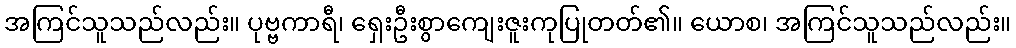
အကြင်သူသည်လည်း။ ပုဗ္ဗကာရီ၊ ရှေးဦးစွာကျေးဇူးကုပြုတတ်၏။ ယောစ၊ အကြင်သူသည်လည်း။